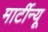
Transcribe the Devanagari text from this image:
मार्टीन्यू